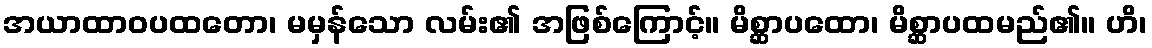
အယာထာဝပထတော၊ မမှန်သော လမ်း၏ အဖြစ်ကြောင့်။ မိစ္ဆာပထော၊ မိစ္ဆာပထမည်၏။ ဟိ၊